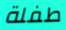
طفلة